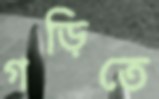
গড়িতে